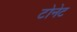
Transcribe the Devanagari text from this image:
टोनेट